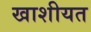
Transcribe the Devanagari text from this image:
खाशीयत